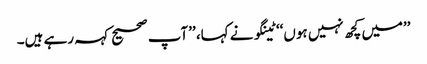
’’میں کچھ نہیں ہوں‘‘ ٹینگو نے کہا، ’’آپ صحیح کہہ رہے ہیں۔